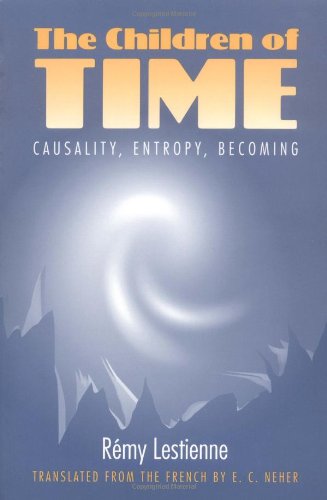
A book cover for The Children of Time: Causality, Entropy, Becoming (Lecture Notes in Computer Science; 890); Remy Lestienne; Science & Math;